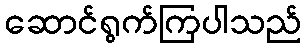
ဆောင်ရွက်ကြပါသည်